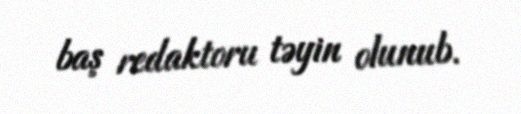
baş redaktoru təyin olunub.